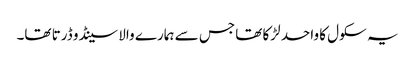
یہ سکول کا واحد لڑکا تھا جس سے ہمارے والا سینڈو ڈرتا تھا۔